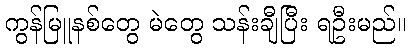
ကွန်မြူနစ်တွေ မဲတွေ သန်းချီပြီး ရဦးမည်။